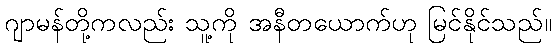
ဂျာမန်တို့ကလည်း သူ့ကို အနီတယောက်ဟု မြင်နိုင်သည်။